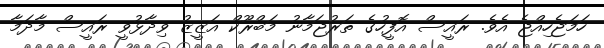
ހަމަޖެހިއްޖެ އެވެ. ރައީސް އޮފީހުގެ ތަރުޖަމާނު މަބްރޫކް އަޒީޒު ވިދާޅުވީ ރައީސް މާދަމާ